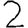
Digit: 2